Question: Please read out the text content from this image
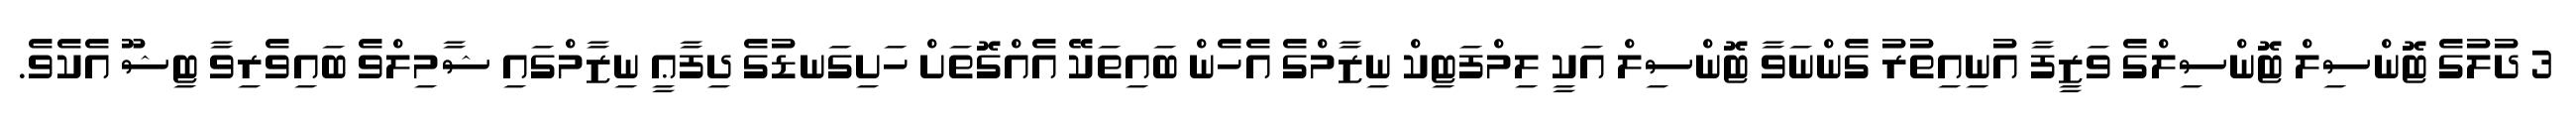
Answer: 3 ދުލުގެ ޓޮންސިލް ޓޮންސިލްގެ ވަޒީފާ އުނިއިތުރު ގެންނަވާ ޓޮންސިލް އަކީ ލިމްފަޓިކް ނިޒާމްގެ އެހެން ބައިތަކޭ އެއްގޮތަށް ހަށިގަނޑުގެ ދިފާޢީ ނިޒާމްގައި ޝާމިލްވެ ބައިވެރިވާ ޓިޝޫ އެކެވެ.